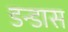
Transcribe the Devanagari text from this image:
डन्डास